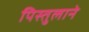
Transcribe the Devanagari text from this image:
पिस्तुलाने